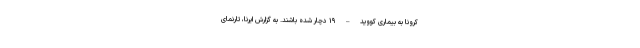
کرونا به بیماری کووید – ۱۹ دچار شده باشند. به گزارش ایرنا، تارنمای